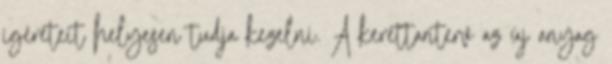
ígéreteit helyesen tudja kezelni. A kerettanterv az új anyag